Enquiry on enteric fever in India - Number 32
Disease focus: Fever
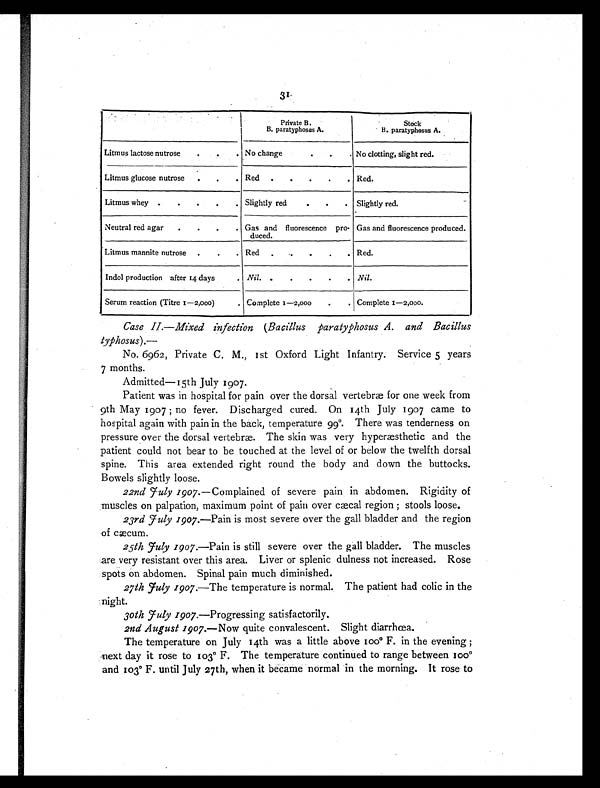
Private B.
B. paratyphosus A.
Stock
B. paratyphosus A.
Litmus lactose nutrose
.
. . No change
.
.
. No clotting, slight red.
Litmus glucose nutrose
.
.
. Red .
.
.
.
. Red.
Litmus whey .
.
.
.
. Slightly red
.
.
. Slightly red.
Neutral red agar
.
.
.
. Gas and fluorescence pro-
duced.
Gas and fluorescence produced.
Litmus mannite nutrose .
.
. Red .
.
.
.
. Red.
Indol production after 14 days
. Nil. .
.
.
.
. Nil.
Serum reaction (Titre 1—2,000)
. Complete 1—2,000
.
. Complete 1—2,000.
Case II.—Mixed infection (Bacillus paratyphosus A. and Bacillus
typhosus).—
No. 6962, Private C. M., 1st Oxford Light Infantry. Service 5 years
7 months.
Admitted—15th July 1907.
Patient was in hospital for pain over the dorsal vertebræ for one week from
9th May 1907 ; no fever. Discharged cured. On 14th July 1907 came to
hospital again with pain in the back, temperature 99°. There was tenderness on
pressure over the dorsal vertebræ. The skin was very hyperæsthetic and the
patient could not bear to be touched at the level of or below the twelfth dorsal
spine. This area extended right round the body and down the buttocks.
Bowels slightly loose.
22nd July 1907. —Complained of severe pain in abdomen. Rigidity of
muscles on palpation, maximum point of pain over cæcal region ; stools loose.
23rd July 1907. —Pain is most severe over the gall bladder and the region
of cæcum.
25th July 1907. —Pain is still severe over the gall bladder. The muscles
are very resistant over this area. Liver or splenic dulness not increased. Rose
spots on abdomen. Spinal pain much diminished.
27th July 1907.—The temperature is normal. The patient had colic in the
night.
30th July 1907. —Progressing satisfactorily.
2nd August 1907.—Now quite convalescent. Slight diarrhœa.
The temperature on July 14th was a little above 100º F. in the evening ;
next day it rose to 103° F. The temperature continued to range between
100º and 103º F. until July 27th, when it became normal in the morning. It rose to